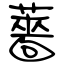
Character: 薔